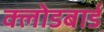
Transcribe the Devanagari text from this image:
क्लोडबार्ड